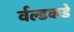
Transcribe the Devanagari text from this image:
र्वल्डकडे